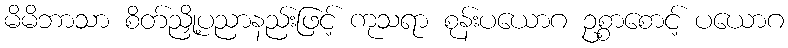
မိမိဘာသာ စိတ်ညှို့ပညာနည်းဖြင့် ကုသရာ စုန်းပယောဂ ဥစ္စာစောင့် ပယောဂ